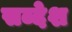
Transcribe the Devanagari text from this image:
सब्देश